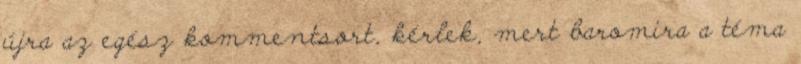
újra az egész kommentsort, kérlek, mert baromira a téma